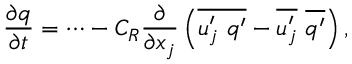
\frac { \partial q } { \partial t } = \cdots - C _ { R } \frac { \partial } { \partial x _ { j } } \left( \overline { { u _ { j } ^ { \prime } ~ q ^ { \prime } } } - \overline { { u _ { j } ^ { \prime } } } ~ \overline { { q ^ { \prime } } } \right) ,